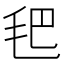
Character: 𣬶